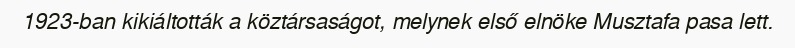
1923-ban kikiáltották a köztársaságot, melynek első elnöke Musztafa pasa lett.